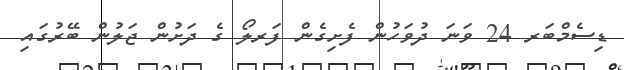
ޑިސެމްބަރ 24 ވަނަ ދުވަހުން ފެށިގެން ފަރލޯ ގެ ދަށުން ޖަލުން ބޭރުގައި